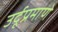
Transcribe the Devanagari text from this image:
उर्दूप्रमाणे